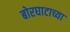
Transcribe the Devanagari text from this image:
बोरघाटाच्या